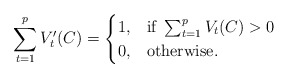
\begin{align*}\sum_{t=1}^pV'_t(C)=\begin{cases} 1, & \mbox{if } \sum_{t=1}^{p}V_t(C)>0 \\ 0, & \mbox{otherwise}. \end{cases}\end{align*}